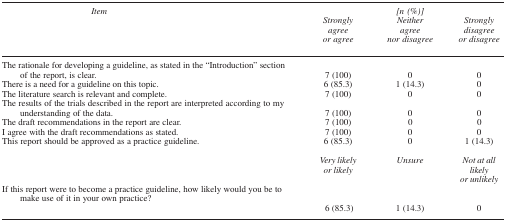
| Item | Strongly agree or agree | [n (%)] Neither agree nor disagree | Strongly disagree or disagree |
 | --- | --- | --- | --- |
 | The rationale for developing a guideline, as stated in the “Introduction” section of the report, is clear. | 7 (100) | 0 | 0 |
 | There is a need for a guideline on this topic. | 6 (85.3) | 1 (14.3) | 0 |
 | The literature search is relevant and complete. | 7 (100) | 0 | 0 |
 | The results of the trials described in the report are interpreted according to my understanding of the data. | 7 (100) | 0 | 0 |
 | The draft recommendations in the report are clear. | 7 (100) | 0 | 0 |
 | I agree with the draft recommendations as stated. | 7 (100) | 0 | 0 |
 | This report should be approved as a practice guideline. | 6 (85.3) | 0 | 1 (14.3) |
 |  | Very likely or likely | Unsure | Not at all likely or unlikely |
 | If this report were to become a practice guideline, how likely would you be to make use of it in your own practice? | 6 (85.3) | 1 (14.3) | 0 |